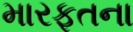
મારફતના